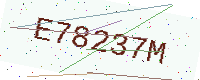
Text: E78237M